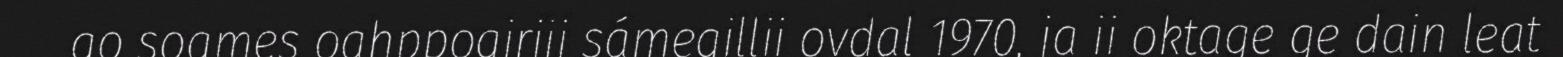
go soames oahppogirjji sámegillii ovdal 1970, ja ii oktage ge dain leat